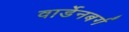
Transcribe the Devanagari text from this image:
वार्डेनबर्ग